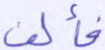
فألف